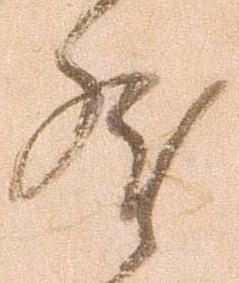
然